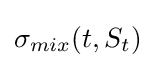
\sigma _{mix}(t,S_{t})